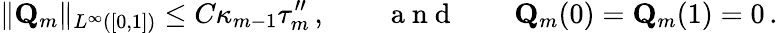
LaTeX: \| \mathbf{Q}_{m}\| _{L^{\infty}([0,1])}\leq C\kappa_{m-1}\tau_{m}^{\prime\prime}\, ,\qquad\mathrm{~a~n~d~}\qquad\mathbf{Q}_{m}(0)=\mathbf{Q}_{m}(1)=0\, .